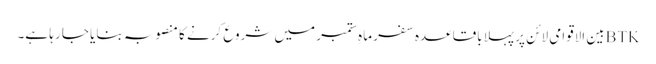
BTKبین الاقوامی لائن پر پہلا باقاعدہ سفر ماہِ ستمبر میں شروع کرنے کا منصوبہ بنایا جا رہا ہے۔